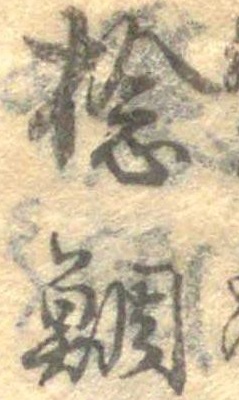
捻鯛